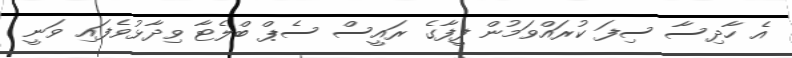
އެ ހާދިސާ ސިފަ ކުރައްވަމުން ފީފާގެ ރައީސް ސެޕް ބްލެޓާ ވިދާޅުވެފައި ވަނީ